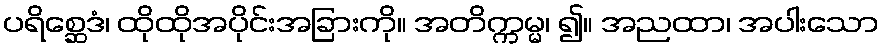
ပရိစ္ဆေဒံ၊ ထိုထိုအပိုင်းအခြားကို။ အတိက္ကမ္မ၊ ၍။ အညထာ၊ အပါးသော